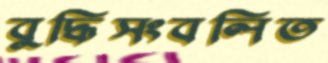
বুদ্ধিসংবলিত